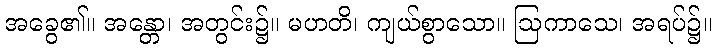
အခွေ၏။ အန္တော၊ အတွင်း၌။ မဟတိ၊ ကျယ်စွာသော။ ဩကာသေ၊ အရပ်၌။